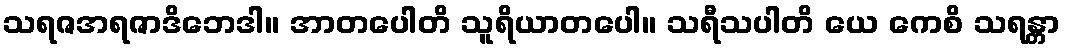
သရဇအရဇာဒိဘေဒါ။ အာတပေါတိ သူရိယာတပေါ။ သရီသပါတိ ယေ ကေစိ သရန္တာ